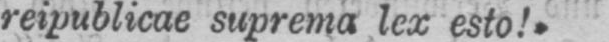
reipublicae suprema lex esto!»